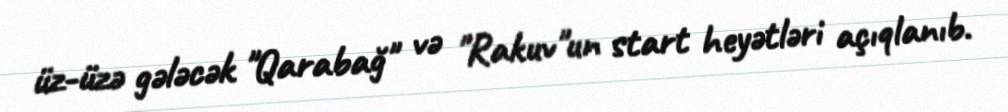
üz-üzə gələcək "Qarabağ" və "Rakuv"un start heyətləri açıqlanıb.